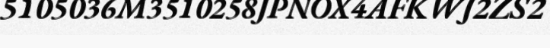
5105036M3510258JPNOX4AFKWJ2ZS2